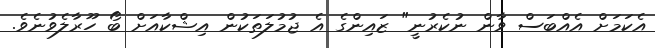
އެކަމަށް އެއްބަސް ވާން ނުކެރުނީ" ޒައިންގެ އެ ޖުމުލަތަކުން އިޝްކާއަށް ބޯ ހޫރާލެވުނެވެ.